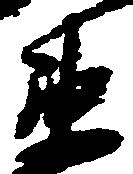
衛